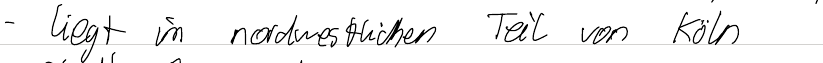
- liegt im nordwestlichen Teil von Köln